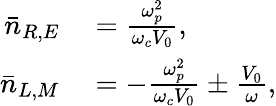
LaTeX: \begin{array}{rl}{\bar{n}_{R,E}}&{{}=\frac{\omega_{p}^{2}}{\omega_{c}V_{0}},}\\ {\bar{n}_{L,M}}&{{}=-\frac{\omega_{p}^{2}}{\omega_{c}V_{0}}\pm\frac{V_{0}}{\omega},}\end{array}